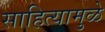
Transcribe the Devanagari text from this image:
साहित्यामुळे